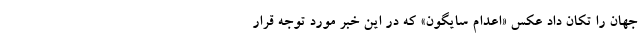
جهان را تکان داد عکس «اعدام سایگون» که در این خبر مورد توجه قرار